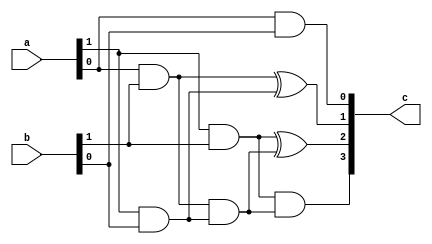
module vedic_2bit(a,b,c);
  input [1:0]a;
  input [1:0]b;
  output [3:0]c;
  wire [3:0]w; 
  
  assign w[0] =(a[0]&b[0]);
  assign w[1] =(a[0]&b[1])^(a[1]&b[0]);
  assign w[2] =(a[1]&b[1])^((a[0]&b[1])&(a[1]&b[0]));
  assign w[3] =(a[1]&b[1])&((a[0]&b[1])&(a[1]&b[0]));
  assign c={w[3],w[2],w[1],w[0]};
  
endmodule